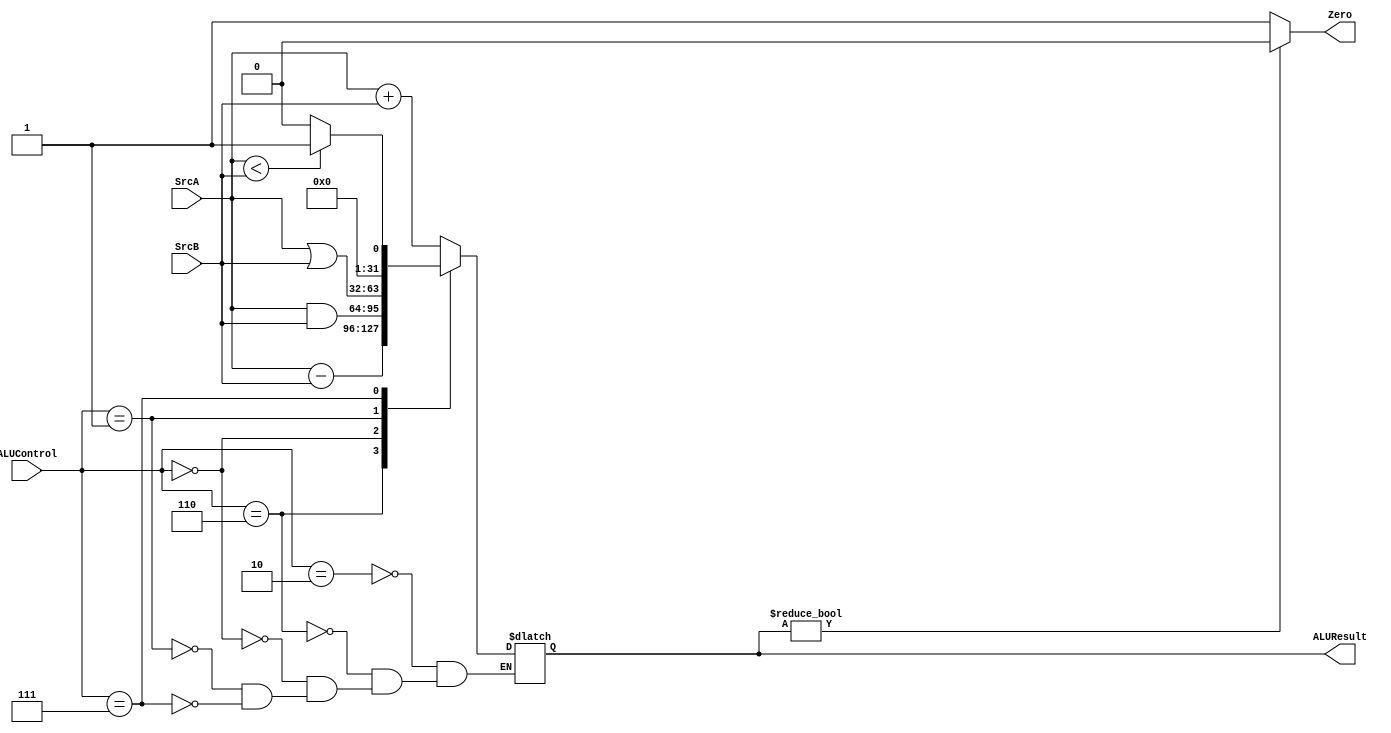
module ALU(
    // System Clock

    // User Interface
    input       [31:0]  SrcA,
    input       [31:0]  SrcB,
    input       [2:0]   ALUControl,
    output  reg [31:0]  ALUResult,
    output              Zero
);

    always @(*) begin
        case (ALUControl)
            3'b010 : begin
                ALUResult = SrcA + SrcB;
            end 
            3'b110 : begin
                ALUResult = SrcA - SrcB;
            end
            3'b000 : ALUResult = SrcA & SrcB;
            3'b001 : ALUResult = SrcA | SrcB;
            3'b111 : ALUResult = (SrcA < SrcB) ? 32'b1 : 32'b0;
            default: ;
        endcase
    end

    assign Zero = (ALUResult) ? 1'b0 : 1'b1;

endmodule